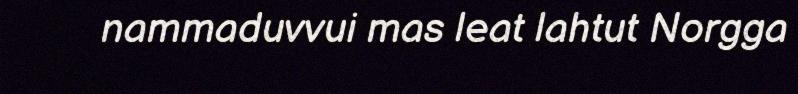
nammaduvvui mas leat lahtut Norgga